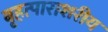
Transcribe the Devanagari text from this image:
बृहत्पाराशरीय